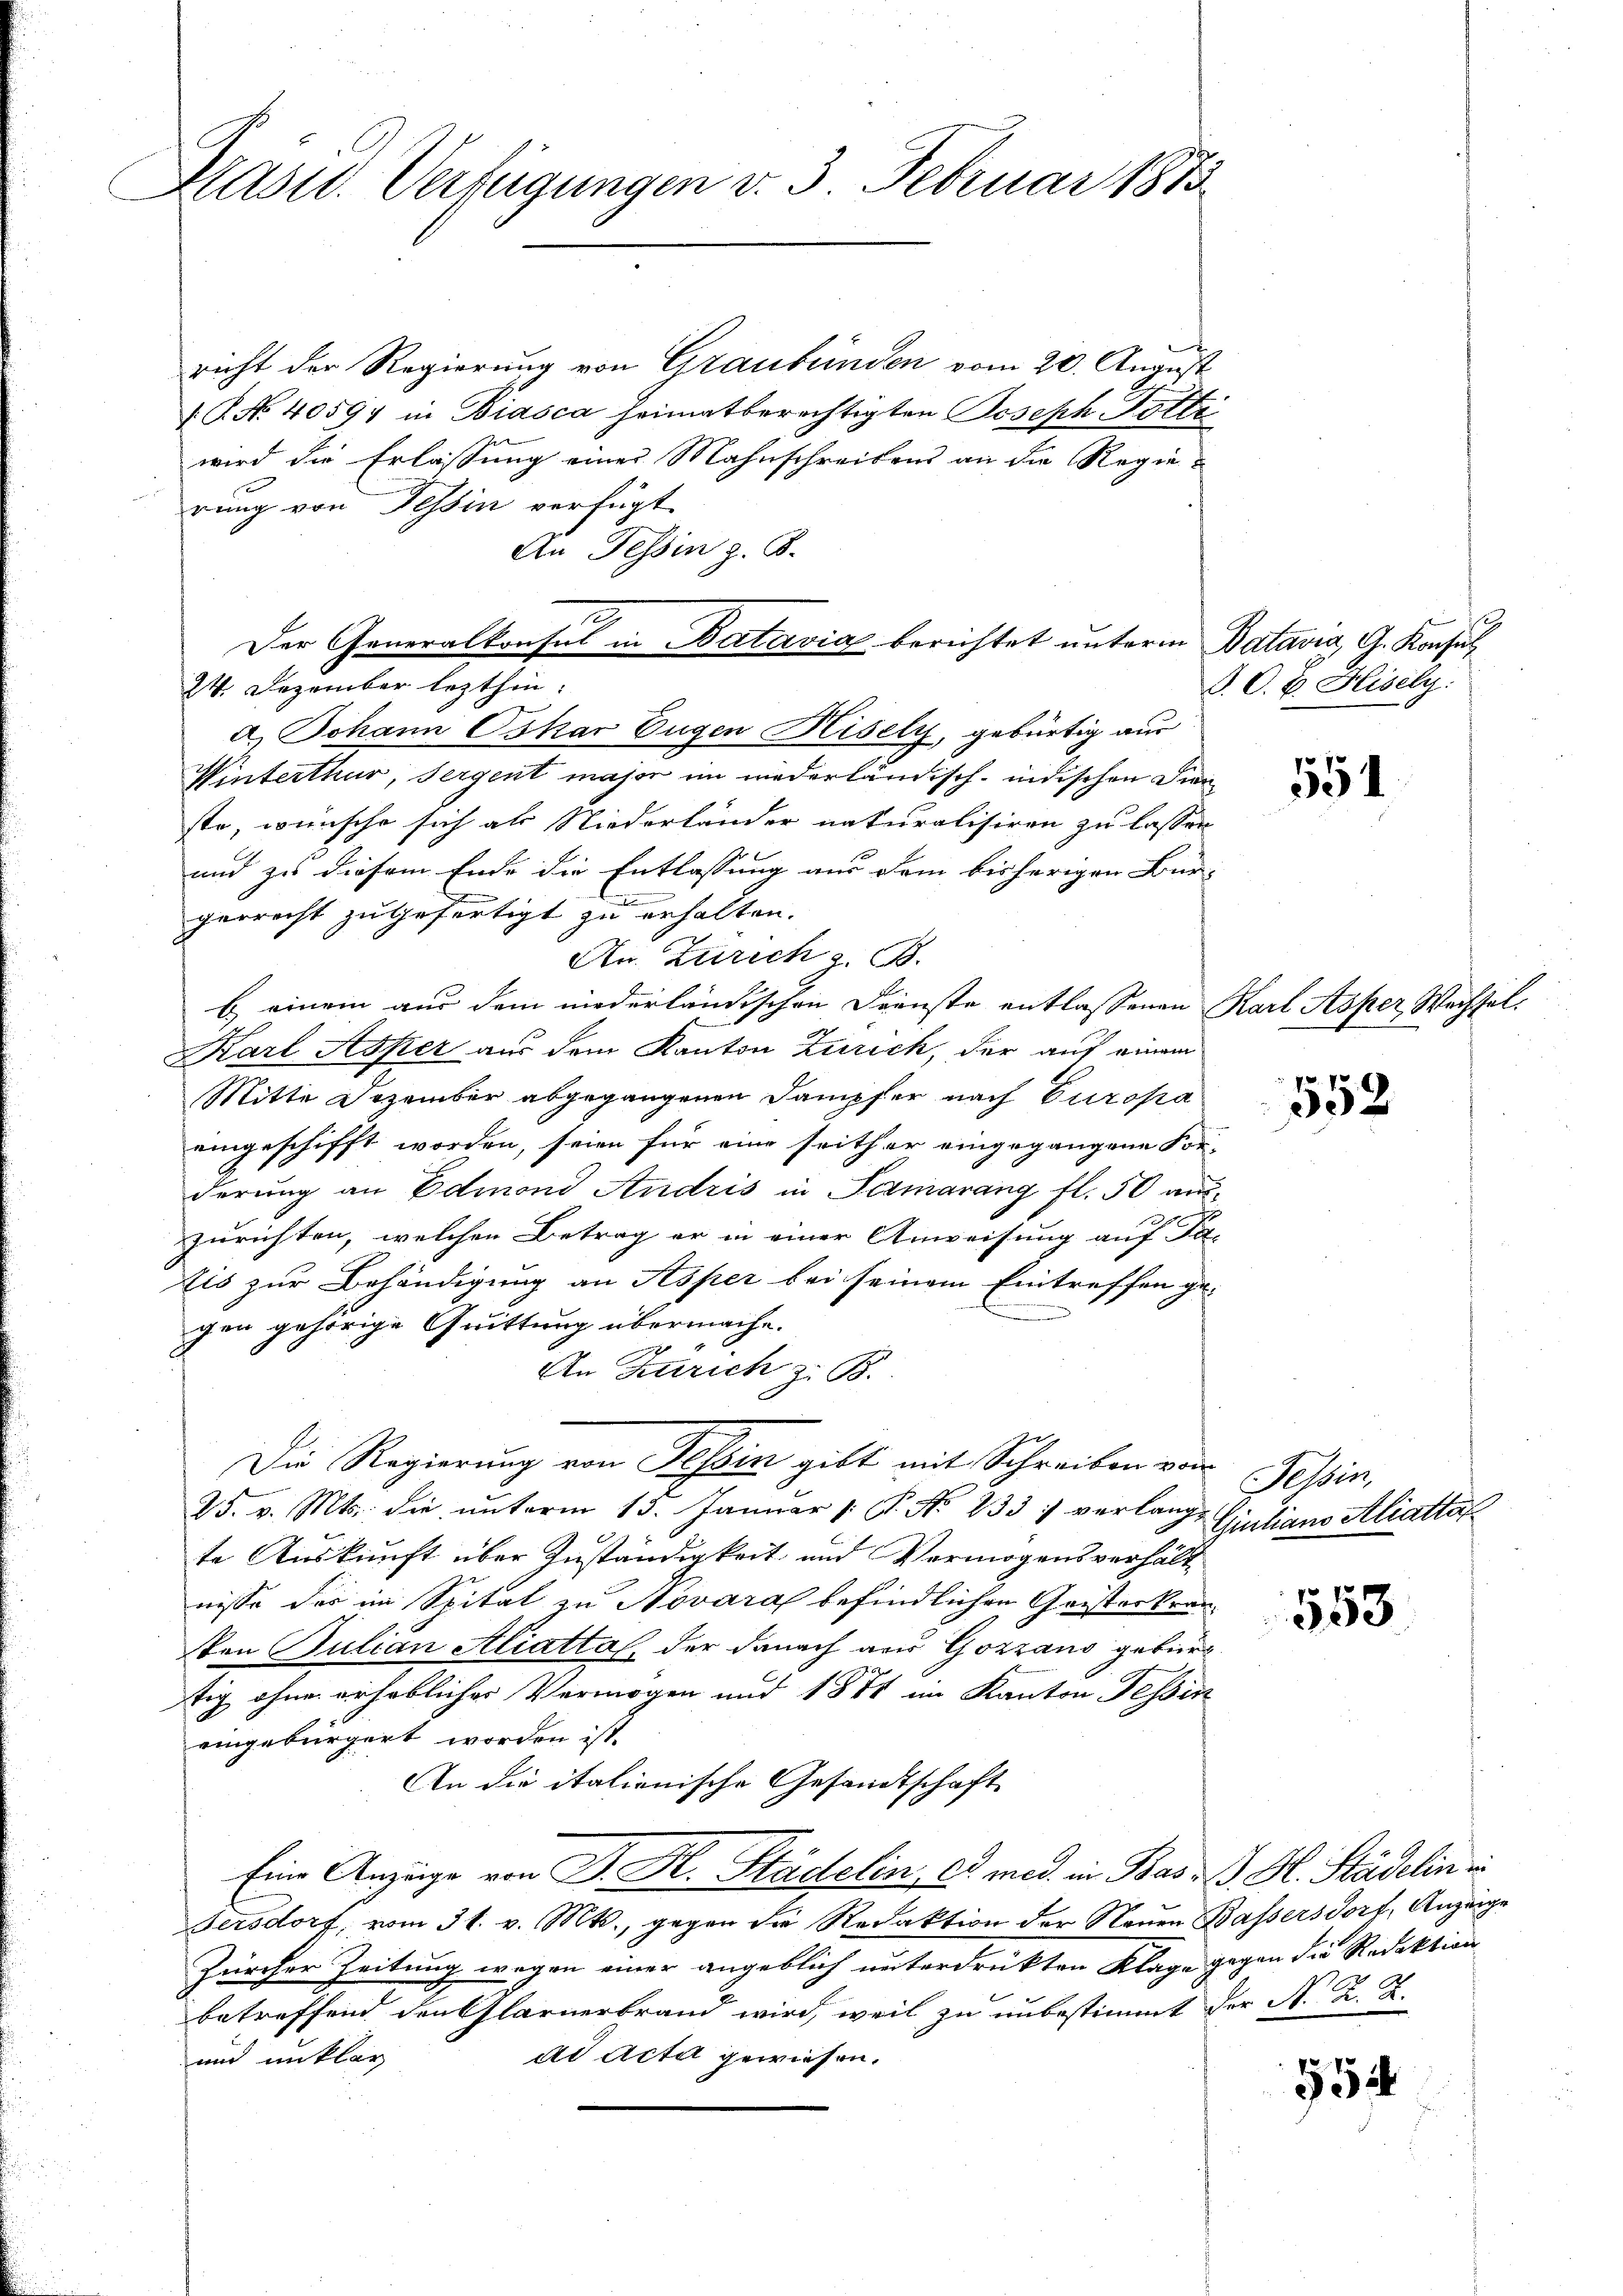
Prastl. Verfügungen v. 3. Februar 1813.

richt der Regierung von Graubünden vom 20. August
.P. No. 40597 in Biasca heimatberechtigten Joseph Tötti
wird die Erlassung eines Mahnschreibens an die Regierung von Tessin verfügt
An Tessin z. B.
24. Dezember lezthin.
 Johann Oskar Eugen Hisely, gebürtig aus
Winterthur, Sergent major im niederländisch-indischen Dienste, wünsche sich als Niederländer naturalisiren zu lassen
und zu diesem Ende die Entlassung aus dem bisherigen Bür-
gerrecht zugefertigt zu erhalten.
An. Zürich z. B.
b) einem aus dem niederländischen Dienste entlassenen Karl Asper Wechsel¬
Karl Asper aus dem Kanton Zürich, der auf einem
Mitte Dezember abgegangenen Dampfer nach Europa
eingeschifft worden, seien für eine seither eingegangene For-
derung an Edmond Andris in Samarang fl. 50 aus-
Zurichten, welchen Betrag er in einer Anweisung auf Fa-
Eis zur Behändigung an Asper bei seinem Eintreffen gegen gehörige Quittung übermache.
An Zürich z. B.
Die Regierung von Tessin gibt mit Schreiben von
25. v. Mts. die ŭnterm 13. Januar 1. P. No 233. verlangt
te Auskunft über Zuständigkeit und Vermögensverhältnisse der im Spital zu Novara befindlichen Cristerkranten Julian Aliattal, der danach aus Gozzano gebürt
tig ohne erhebliches Vermögen und 1874 im Kanton Tessin
eingebürgert worden ist.
An die italionische Gesandtschaft
Eine Anzeige von J. H. Stadelin, od. med. in Bas I. Kl. Städelin in
Fersdorf, vom 31. v. Mts., gegen die Redaktion der Neuen Bassersdorf, Anzeige
Zürcher Zeitung wegen einer angeblich unterdrükten Klage gegen die Redaktion
betreffend den Glarnerbrand wird, weil zu unbestimmt der N. K. K.
dd Acta gewiesen.
und unklag

2
Der Generalkonsul in Batavia berichtet unterm Batavia, G. Konsul

§. O. B. Hisely

551

552

Tessin,
Giuliano Aliattal

553

552